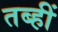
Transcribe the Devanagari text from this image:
तब्हीं